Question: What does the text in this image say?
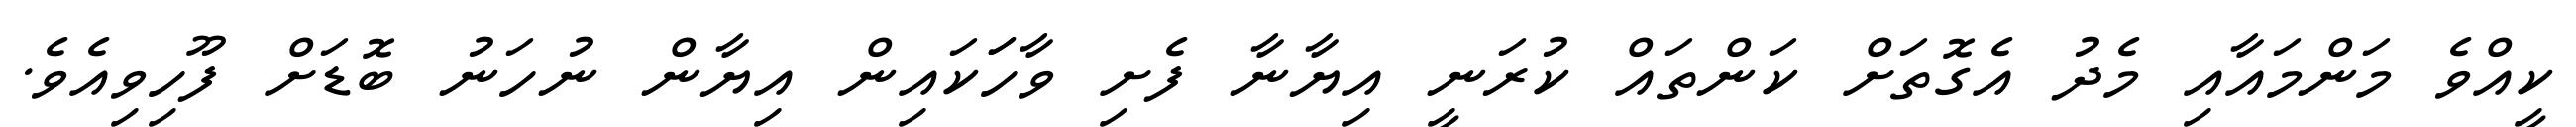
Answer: ކީއްވެ މަންމައާއި މެދު އެގޮތަށް ކަންތައް ކުރަނީ އިޔާނާ ފެށި ވާހަަކައިން އިޔާން ނުހަނު ބޮޑަށް ފޫހިވިއެވެ.